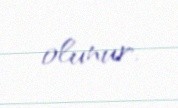
olunur.